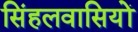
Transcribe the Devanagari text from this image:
सिंहलवासियों